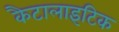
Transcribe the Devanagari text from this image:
कैटालाइटिक